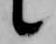
候